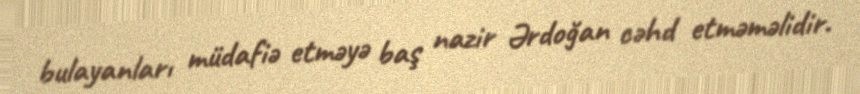
bulayanları müdafiə etməyə baş nazir Ərdoğan cəhd etməməlidir.